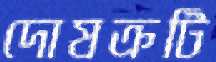
দোষক্রটি